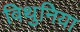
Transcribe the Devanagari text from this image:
विथुनिया